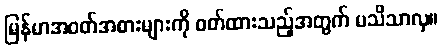
မြန်မာအဝတ်အစားများကို ဝတ်ထားသည့်အတွက် မသိသာလှ။